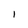
Character: l